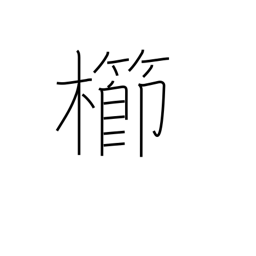
Meaning: comb